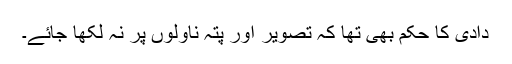
دادی کا حکم بھی تھا کہ تصویر اور پتہ ناولوں پر نہ لکھا جائے۔